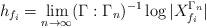
LaTeX: \begin{align*}h_{f_i} = \lim_{n\to\infty} (\Gamma : \Gamma_n)^{-1} \log |X^{\Gamma_n}_{f_i}|\end{align*}